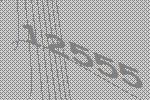
12555